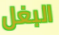
البغل